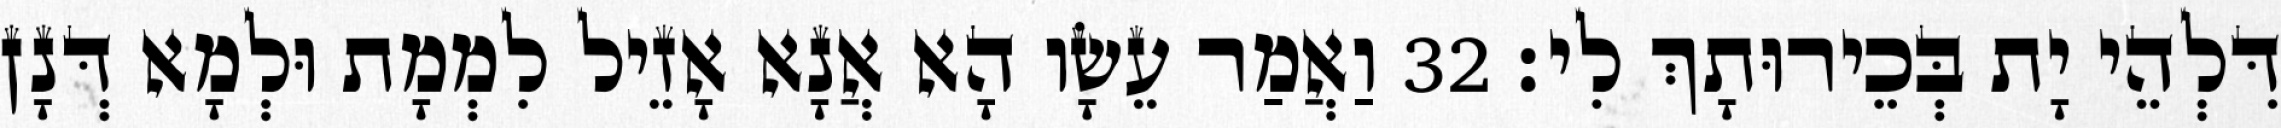
דִּלְהֵי יָת בְּכֵירוּתָךְ לִי׃ 32 וַאֲמַר עֵשָׂו הָא אֲנָא אָזֵיל לִמְמָת וּלְמָא דְּנָן